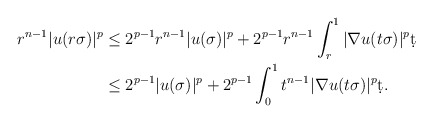
\begin{align*}r^{n-1} |u(r \sigma)|^p &\leq 2^{p-1} r^{n-1}|u(\sigma)|^p + 2^{p-1} r^{n-1} \int_{r}^{1} |\nabla u(t \sigma)|^p \d t\\& \leq 2^{p-1} |u(\sigma)|^p + 2^{p-1} \int_{0}^{1} t^{n-1} |\nabla u(t \sigma)|^p \d t.\end{align*}